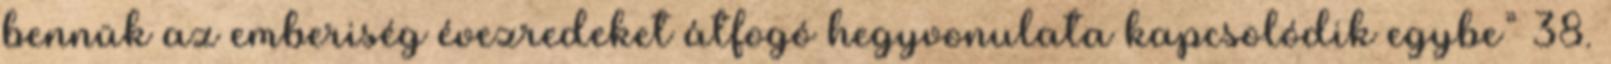
bennük az emberiség évezredeket átfogó hegyvonulata kapcsolódik egybe” 38.